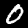
Label: 0